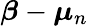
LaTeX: {\boldsymbol{\beta}}-{\boldsymbol{\mu}}_{n}